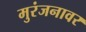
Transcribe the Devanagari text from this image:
मुरंजनावर